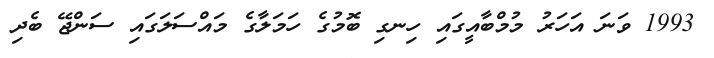
1993 ވަނަ އަހަރު މުމްބާއީގައި ހިނގި ބޮމުގެ ހަމަލާގެ މައްސަލަގައި ސަންޖޭ ބެދި